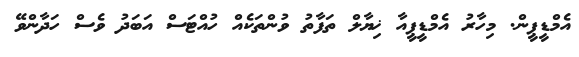
އެމްޑީޕީން. މިހާރު އެމްޑީޕީއާ ޚިޔާލް ތަފާތު ވުންތަކެއް ހުއްޓަސް އަބަދު ވެސް ހަދާންވޭ